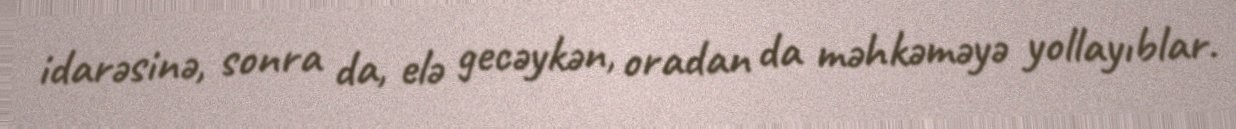
idarəsinə, sonra da, elə gecəykən, oradan da məhkəməyə yollayıblar.